Report on vaccination in Madras 1895-1903 - 1895-1903
Year: 1895
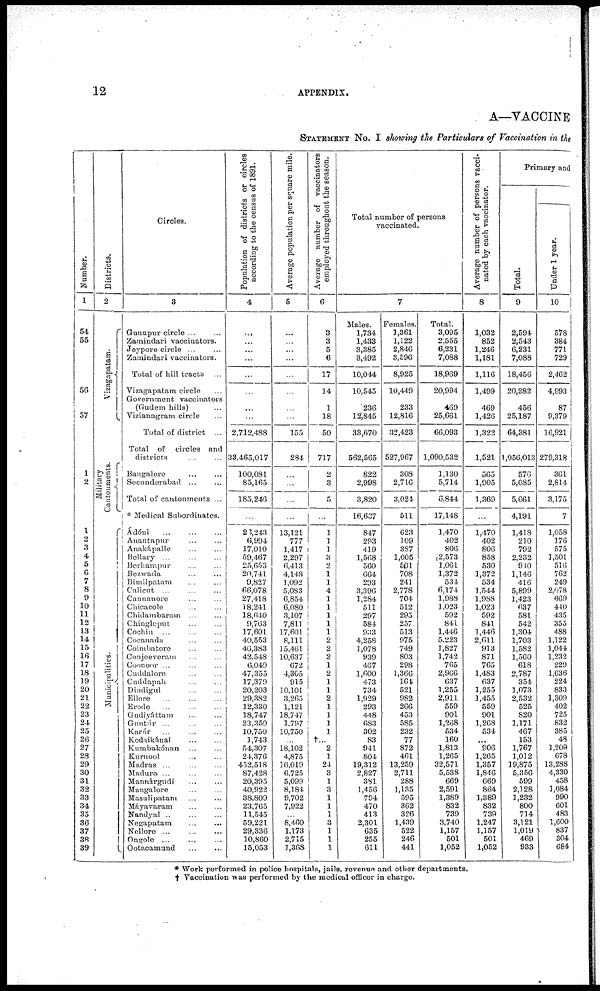
12
APPENDIX.
A—VACCINE
STATEMENT No. I showing the Particulars of Vaccination in the
Number.
1
54
55
56
57
1
2
1
2
3
4
5
6
7
8
9
10
11
12
13
14
15
16
17
18
19
20
21
22
23
24
25
26
27
28
29
30
31
32
33
34
35
36
37
38
39
Districts.
2
Vizagapatam.
Military
Cantonments.
Municipalities.
Circles.
3
Gunupur circle ... ...
Zamindari vaccinators.
Jeypore circle ... ...
Zamindari vaccinators.
Total of hill tracts ...
Vizagapatam circle ...
Government vaccinators
(Gudem hills) ...
Vizianagram circle ...
Total of district ...
Total of circles and
districts ... ...
Bangalore ... ...
Secundorabad ... ...
Total of cantonments ...
* Medical Subordinates.
Ádóni
...
...
...
Anantapur ... ...
Anakápalle ... ...
Bellary ... ... ...
Berhampur ... ...
Bezwada ... ...
Bimlipatam ... ...
Calicut ... ... ...
Cannanore ... ...
Chicacole ... ...
Chidambaram ... ...
Chingleput ... ...
Cochin ... ... ...
Cocanada ... ...
Coimbatore ... ...
Conjeeveram ... ...
Coonoor ... ... ...
Cuddalore ... ...
Cuddapah ... ...
Dindigul ... ...
Ellore
...
...
...
Erode
...
...
...
Gudiyáttam ... ...
Guntúr ... ... ...
Karúr ... ... ...
Kodaikánal
...
...
Kumbakónan ... ...
Kurnool ... ...
Madras ... ... ...
Madura ... ... ...
Mannárgudi ... ...
Mangalore ... ...
Masulipatam ... ...
Máyavaram ... ...
Nandyal ...
...
...
Negapatam ... ...
Nellore ... ... ...
Ongole ... ... ...
Ootacamund ... ...
Population of districts or circles
according to the census of 1891.
4
...
...
...
...
...
...
...
...
2,712,488
33,465,017
100,081
85,165
185,246
...
20,243
6,994
17,010
59,467
25,653
20,741
9,827
66,078
27,418
18,241
18,640
9,763
17,601
40,553
46,383
42,548
6,049
47,355
17,379
20,203
29,382
12,330
18,747
23,359
10,750
1,743
54,307
24,376
452,518
87,428
20,395
40,922
38,809
23,765
11,545
59,221
29,336
10,860
15,053
Average population per square mile.
5
...
...
...
...
...
...
...
...
155
284
...
...
...
...
13,121
777
1,417
2,297
6,413
4,148
1,092
5,083
6,854
6,080
3,107
7,811
17,601
8,111
15,461
10,637
672
4,305
915
10,101
3,265
1,121
18,747
1,797
10,750
...
18,102
4,875
16,019
6,725
5,099
8,184
9,702
7,922
...
8,460
1,173
2,715
1,368
Average number of vaccinators
employed throughout the season.
6
3
3
5
6
17
14
1
18
50
717
2
3
5
...
1
1
1
3
2
1
1
4
1
1
1
1
1
2
2
2
1
2
1
1
2
1
1
1
1
†... 2
1
24
3
1
3
1
1
1
3
1
1
1
Total number of persons
vaccinated.
7
Males.
1,734
1,433
3,385
3,492
10,044
10,545
236
12,845
33,670
562,565
822
2,998
3,820
16,637
847
293
419
1,568
560
664
293
3,396
1,284
511
297
584
933
4,258
1,078
939
467
1,600
473
734
1,929
293
448
683
302
83
941
804
19,312
2,827
381
1,456
794
470
413
2,301
635
255
611
Females.
1,361
1,122
2,846
3,596
8,925
10,449
233
12,816
32,423
527,967
308
2,710
3,024
511
623
109
387
1,005
501
708
241
2,778
704
512
295
257
513
975
749
803
298
1,366
161
521
982
266
453
585
232
77
872
461
13,259
2,711
288
1,135
595
362
326
1,439
522
246
441
Total.
3,095
2,555
6,231
7,088
18,969
20,994
469
25,661
66,093
1,090,532
1,130
5,714
6,844
17,148
1,470
402
806
2,573
1,061
1,372
534
6,174
1,988
1,023
592
841
1,446
5,223
1,827
1,742
765
2,966
637
1,255
2,911
559
901
1,268
534
160
1,813
1,265
32,571
5,538
669
2,591
1,389
832
739
3,740
1,157
501
1,052
Average number of persons vacci-
nated by each vaccinator.
8
1,032
852
1,246
1,181
1,116
1,499
469
1,426
1,322
1,521
565
1,905
1,369
...
1,470
402
806
858
530
1,372
534
1,544
1,988
1,023
592
841
1,446
2,611
913
871
765
1,483
637
1,255
1,455
559
901
1,268
534
...
906
1,265
1,357
1,846
669
864
1,389
832
739
1,247
1,157
501
1,052
Primary and
Total.
9
2,594
2,543
6,231
7,088
18,456
20,282
456
25,187
64,381
1,056,013
576
5,085
5,661
4,191
1,418
210
792
2,232
910
1,146
416
5,899
1,423
637
581
542
1,304
1,703
1,582
1,560
618
2,787
354
1,073
2,532
525
820
1,171
467
153
1,767
1,012
19,875
5,356
599
2,128
1,232
800
714
3,121
1,019
469
933
Under 1 year.
10
578
384
771
729
2,462
4,993
87
9,379
16,921
279,318
361
2,814
3,175
7
1,058
176
575
1,501
516
762
249
2,078
669
440
435
355
488
1,122
1,044
1,232
229
1,636
224
833
1,309
402
725
832
385
48
1,209
678
13,288
4,330
458
1,084
990
601
483
1,600
837
304
684
* Work performed in police hospitals, jails, revenue and other departments.
† Vaccination was performed by the medical officer in charge.